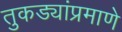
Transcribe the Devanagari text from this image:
तुकड्यांप्रमाणे